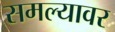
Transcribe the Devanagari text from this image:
समल्यावर